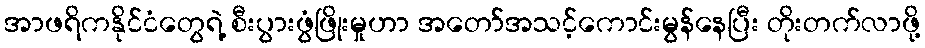
အာဖရိကနိုင်ငံတွေရဲ့ စီးပွားဖွံဖြိုးမှုဟာ အတော်အသင့်ကောင်းမွန်နေပြီး တိုးတက်လာဖို့